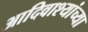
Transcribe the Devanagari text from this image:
आदिवाश्यांच्या